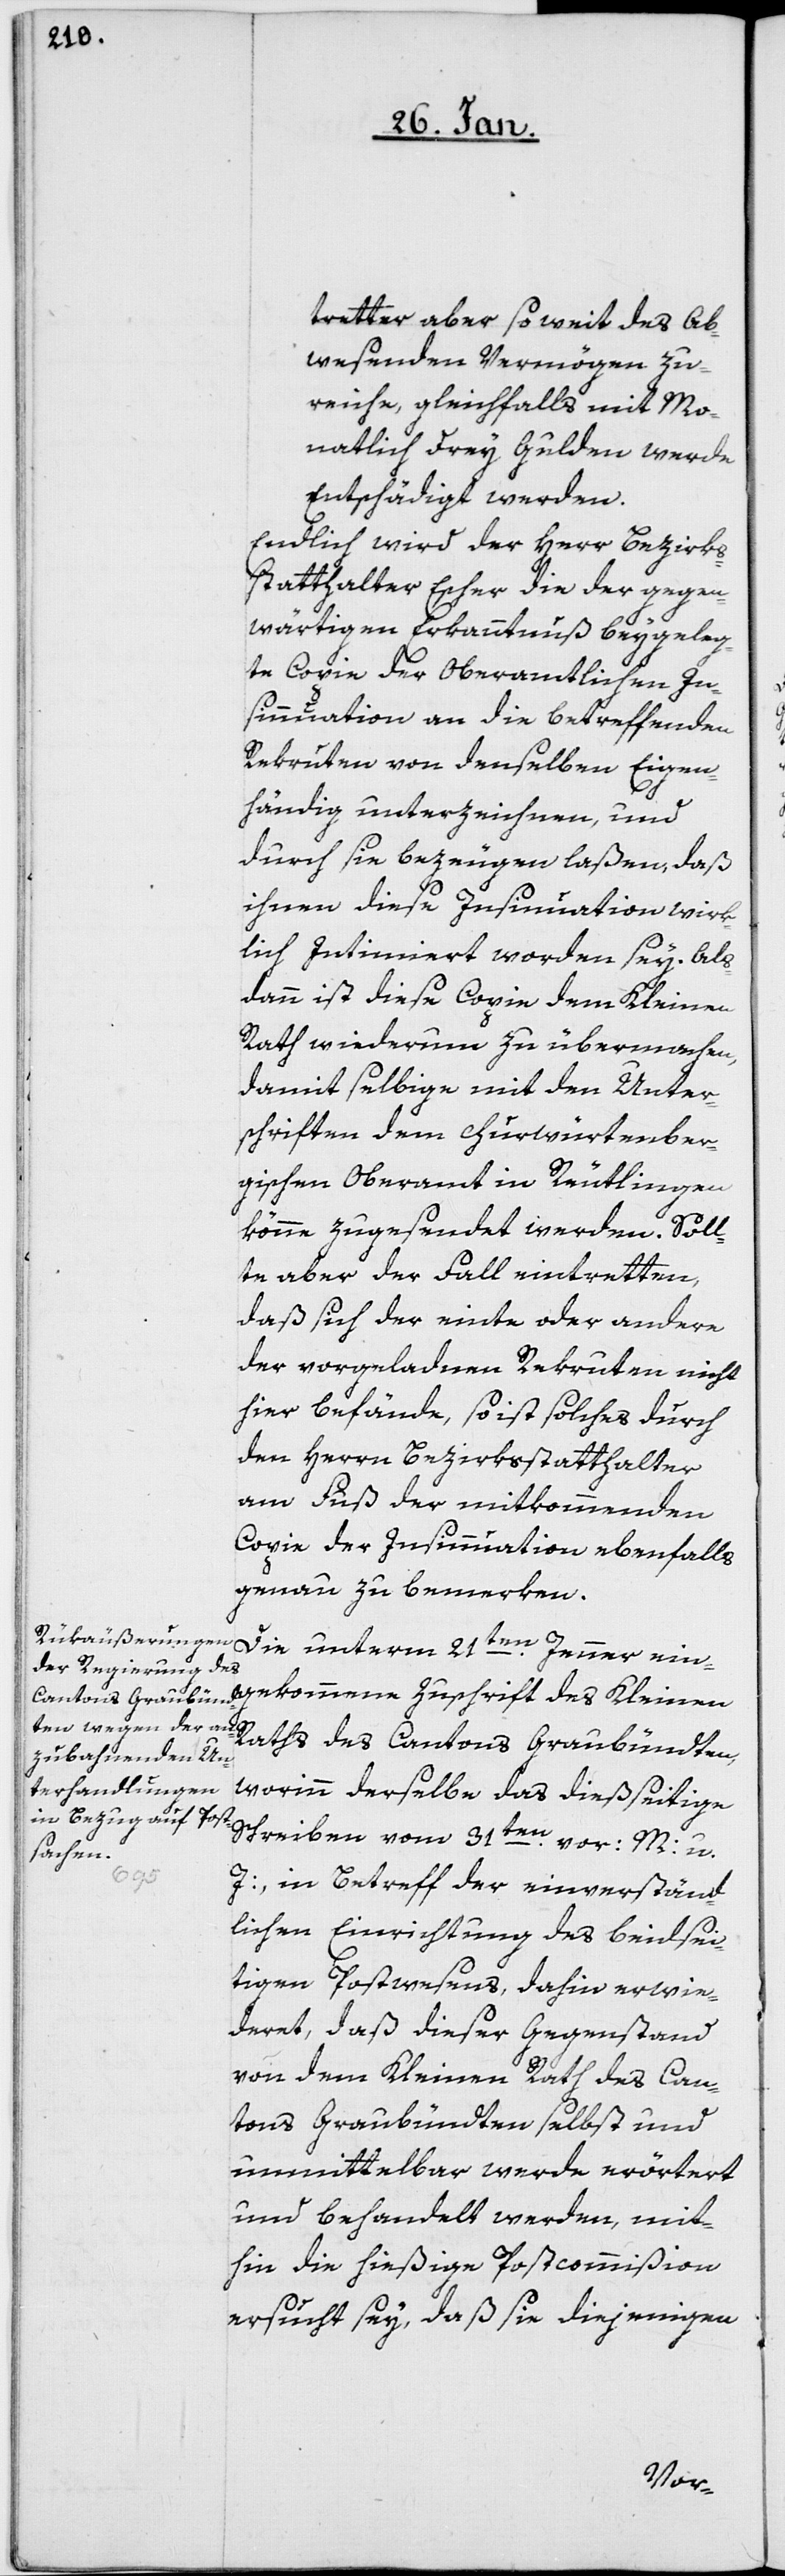
tretter aber so weit des Ab¬
wesenden Vermögen zu¬
reiche, gleichfalls mit Mo¬
natlich drey Gulden werde
Entschädigt werden.
Endlich wird der Herr Bezirks¬
statthalter Escher die der gegen¬
wärtigen Erkanntnuß beygeleg¬
te Copie der Oberamtlichen In¬
sinnuation an die betreffenden
Rekruten von denselben Eigen¬
händig unterzeichnen, und
durch sie bezeugen laßen, daß
ihnen diese Insinuation wirk¬
lich Intimiert worden sey. Als¬
dann ist diese Copie dem Kleinen
Rath wiederum zu übermachen,
damit selbige mit den Unter¬
schriften dem churwürtember¬
gischen Oberamt in Reutlingen
könne zugesendet werden. Soll¬
te aber der Fall eintretten,
daß sich der einte oder andere
der vorgeladenen Rekruten nicht
hier befände, so ist solches durch
den Herrn Bezirksstatthalter
am Fuß der mitkommenden
Copie der Insinuation ebenfalls
genau zu bemerken.
Die unterm 21sten. Jenner ein¬
des
Raths des Cantons Graubündten,
worinn derselbe das dießseitige
Schreiben vom 31sten. vor: M: u.
gekommene
J:, in Betreff der einverständ¬
lichen Einrichtung des beidsei¬
tigen Postwesens, dahin erwi¬
deret, daß dieser Gegenstand
von dem Kleinen Rath des Can¬
tons Graubündten selbst und
unmittelbar werde erörtert
und behandelt werden, mit¬
hin die hießige Postkommißion
ersucht sey, daß sie diejenigen